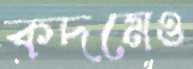
কদমেও